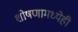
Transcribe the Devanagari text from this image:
शोषणामध्येही